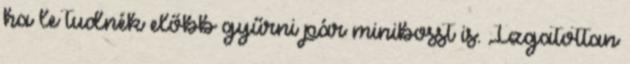
ha le tudnék előbb gyűrni pár minibosst is. Izgatottan